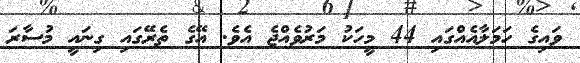
ވައިގެ ހަމަލާއެއްގައި 44 މީހަކު މަރުވެއްޖެ އެވެ. އޭގެ ތެރޭގައި ގިނައީ މުސާރަ